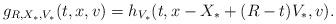
LaTeX: \begin{align*} g_{R,X_\ast,V_\ast}(t,x,v) = h_{V_\ast}(t,x-X_\ast + (R-t) V_\ast,v).\end{align*}